Annual vaccination report of Bihar and Orissa - 1911-1928
Year: 1911
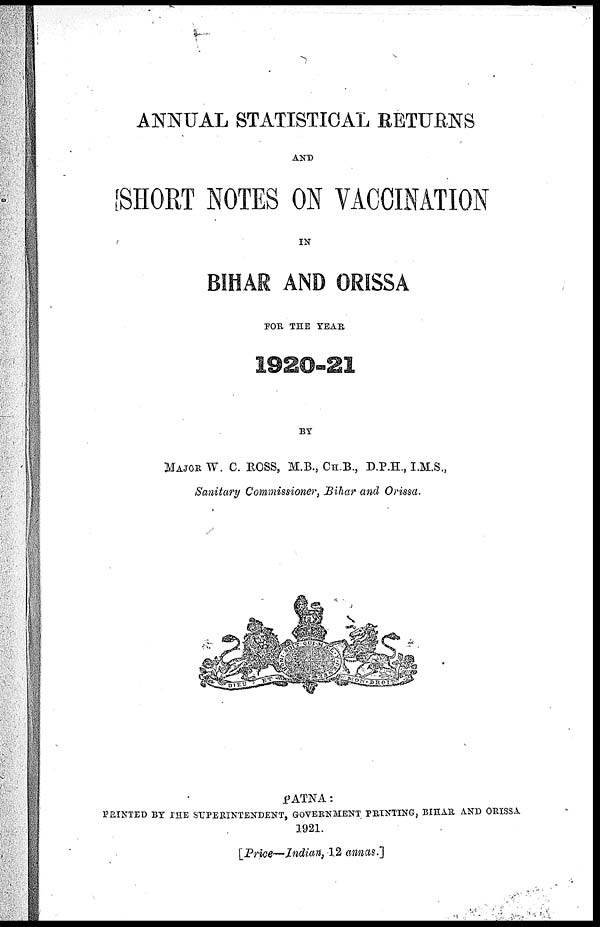
ANNUAL STATISTICAL RETURNS
AND
SHORT NOTES ON VACCINATION
IN
BIHAR AND ORISSA
FOR THE YEAR
1920-21
BY
MAJOR W. C. ROSS, M.B., CH.B., D.P.H., I.M.S.,
Sanitary Commissioner, Bihar and Orissa.
PATNA:
PRINTED BY THE SUPERINTENDENT, GOVERNMENT PRINTING, BIHAR AND ORISSA
1921.
[Price—Indian, 12 annas.]